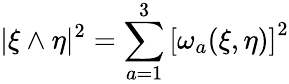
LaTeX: |\xi\wedge\eta|^{2}=\sum_{a=1}^{3}\left[\omega_{a}(\xi,\eta)\right]^{2}